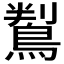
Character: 鵥